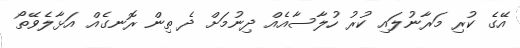
އޭގެ ކުރި މަރާނުލައި ކުރު ހުލާސާއެއް ދިނުމަށް ދެ ތިން ރޮނގެއް އަޅާލެވޭތޯ